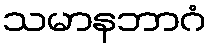
သမာနဘာဂံ